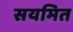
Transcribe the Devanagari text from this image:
सयमित